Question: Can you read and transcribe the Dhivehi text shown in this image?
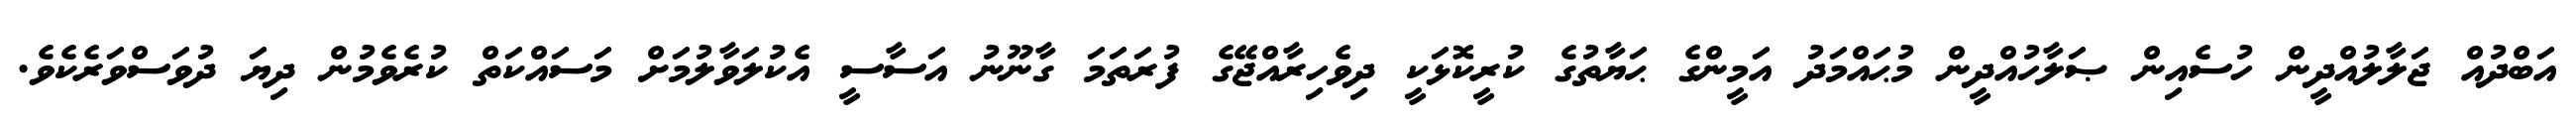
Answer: އަބްދުއް ޖަލާލުއްދީން ހުސެއިން ޞަލާހުއްދީން މުޙައްމަދު އަމީންގެ ޙަޔާތުގެ ކުރީކޮޅަކީ ދިވެހިރާއްޖޭގެ ފުރަތަމަ ގާނޫނު އަސާސީ އެކުލަވާލުމަށް މަސައްކަތް ކުރެވެމުން ދިޔަ ދުވަސްވަރެކެވެ.